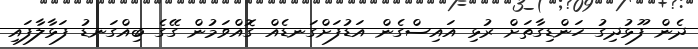
ދެން ފޫޅުދިގު ހަންޑިގާތަށް ރުޅި އައިސްގެން އަޑުފަށްގަނޑެއް ގޮއްވަމުން ގޭގެ ބިއްގަނޑު ފަޅާލާފައި